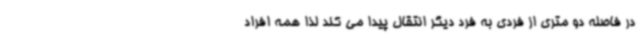
در فاصله دو متری از فردی به فرد دیگر انتقال پیدا می کند لذا همه افراد